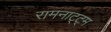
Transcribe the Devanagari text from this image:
रामनाट्ट्म